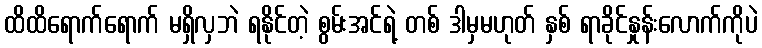
ထိထိရောက်ရောက် မရှိလှဘဲ ရနိုင်တဲ့ စွမ်းအင်ရဲ့ တစ် ဒါမှမဟုတ် နှစ် ရာခိုင်နှုန်းလောက်ကိုပဲ